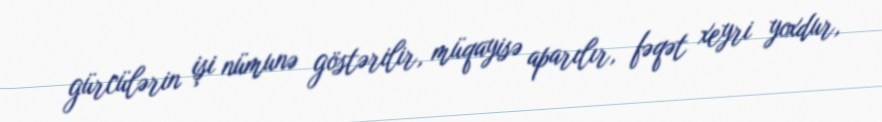
gürcülərin işi nümunə göstərilir, müqayisə aparılır, fəqət xeyri yoxdur,